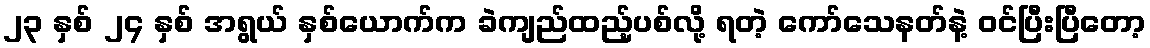
၂၃ နှစ် ၂၄ နှစ် အရွယ် နှစ်ယောက်က ခဲကျည်ထည့်ပစ်လို့ ရတဲ့ ကော်သေနတ်နဲ့ ဝင်ပြီးပြီတော့